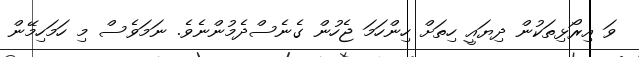
ވަ އިރޯޅިތަކުން ދިޔައީ ހިތަށް ހިންހަމަ ޖެހުން ގެނެސްދެމުންނެވެ. ނަމަވެސް މި ހަމަހިމޭން